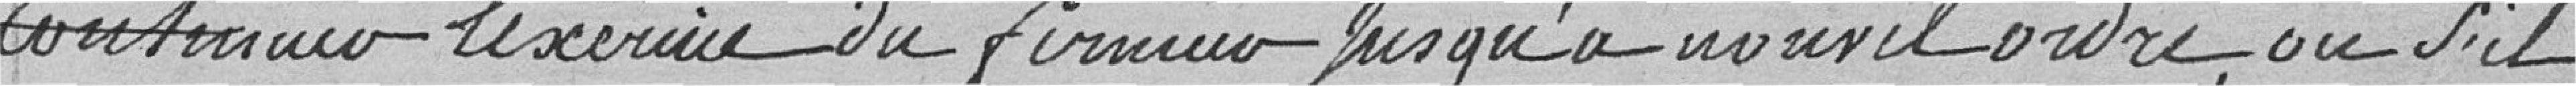
continuer l'exercice du fermier jusqu'à nouvel ordre, ou s'il